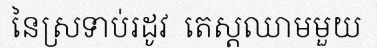
នៃស្រទាប់រដូវ  តេស្តឈាមមួយ